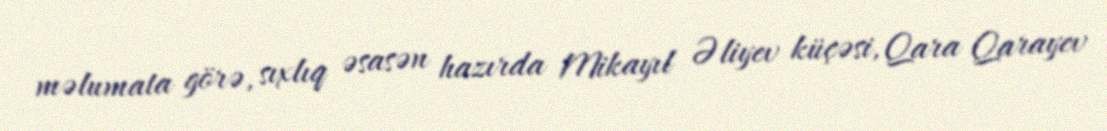
məlumata görə, sıxlıq əsasən hazırda Mikayıl Əliyev küçəsi, Qara Qarayev